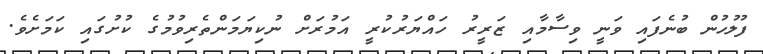
ފުލުހުން ބުނެފައި ވަނީ ވިސާމާއި ޒަރީރު ހައްޔަރުކުރީ އަމުރަށް ނުކިޔަމަންތެރިވުމުގެ ކުށުގައި ކަމަށެވެ.